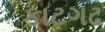
કાટગઢ